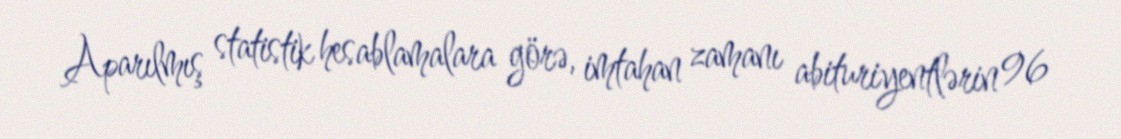
Aparılmış statistik hesablamalara görə, imtahan zamanı abituriyentlərin 96